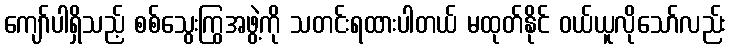
ကျော်ပါရှိသည့် စစ်သွေးကြွအဖွဲ့ကို သတင်းရထားပါတယ် မထုတ်နိုင် ဝယ်ယူလိုသော်လည်း